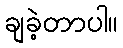
ချခဲ့တာပါ။